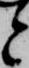
と